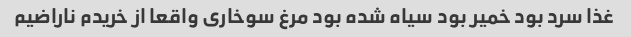
غذا سرد بود خمیر بود سیاه شده بود مرغ سوخاری واقعا از خریدم ناراضیم